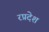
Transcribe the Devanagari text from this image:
रप्रदेश